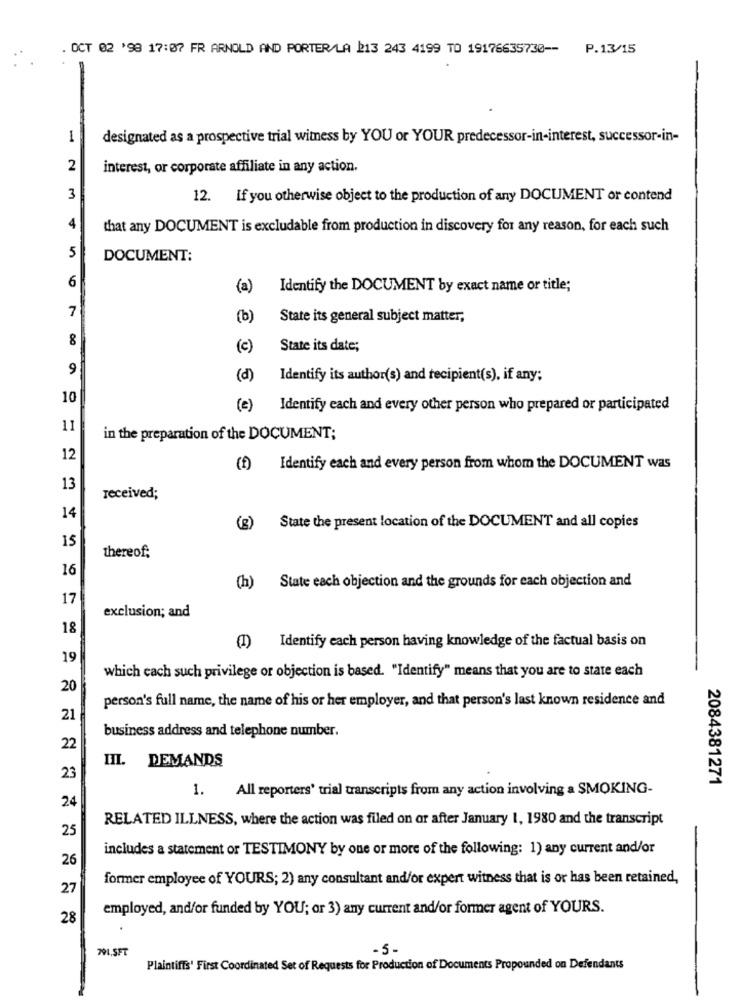
. OCT 02 '98 17:07 FR ARNOLD AND PORTER/LA 213 243 4199 TO 19176635730 -- P.13/15
1
designated as a prospective trial witness by YOU or YOUR predecessor-in-interest, successor-in-
2
interest, or corporate affiliate in any action.
3
12. If you otherwise object to the production of any DOCUMENT or contend
4
that any DOCUMENT is excludable from production in discovery for any reason, for each such
5
DOCUMENT:
6
(a)
Identify the DOCUMENT by exact name or title;
7
(b)
State its general subject matter,
8
(c)
State its date;
9
(d)
Identify its author(s) and recipient(s), if any;
10
(e)
Identify each and every other person who prepared or participated
11
in the preparation of the DOCUMENT;
12
(f) Identify each and every person from whom the DOCUMENT was
13
received;
14
(g)
State the present location of the DOCUMENT and all copies
15
thereof;
16
State each objection and the grounds for each objection and
(h)
17
exclusion; and
18
Identify each person having knowledge of the factual basis on
19
which each such privilege or objection is based. "Identify" means that you are to state each
20
person's full name, the name of his or her employer, and that person's last known residence and
21
business address and telephone number.
22
III. DEMANDS
23
2084381271
All reporters' trial transcripts from any action involving a SMOKING-
1.
24
RELATED ILLNESS, where the action was filed on or after January 1, 1980 and the transcript
25
includes a statement or TESTIMONY by one or more of the following: 1) any current and/or
26
former employee of YOURS; 2) any consultant and/or expert witness that is or has been retained,
27
employed, andfor funded by YOU; or 3) any current and/or former agent of YOURS.
28
791,5FT
-5-
Plaintiffs' First Coordinated Set of Requests for Production of Documents Propounded on Defendants